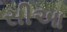
સીઆ